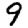
Digit: 9